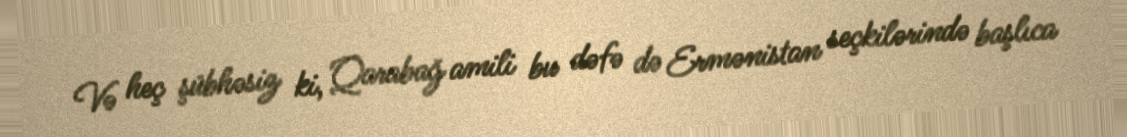
Və heç şübhəsiz ki, Qarabağ amili bu dəfə də Ermənistan seçkilərində başlıca